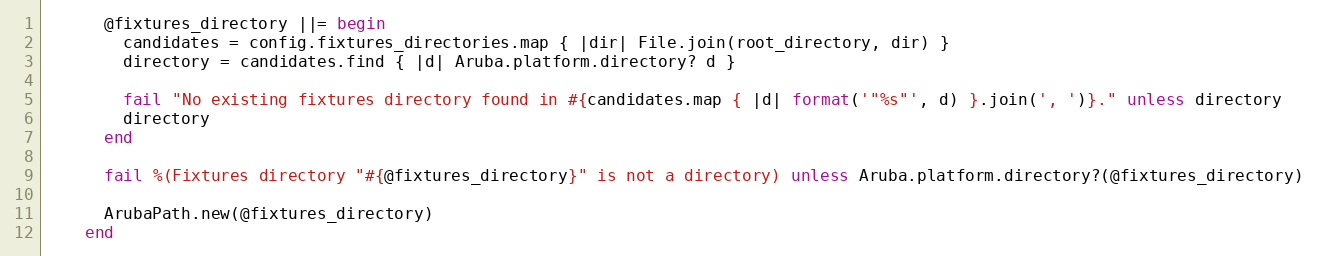
Language: Ruby
      @fixtures_directory ||= begin
        candidates = config.fixtures_directories.map { |dir| File.join(root_directory, dir) }
        directory = candidates.find { |d| Aruba.platform.directory? d }

        fail "No existing fixtures directory found in #{candidates.map { |d| format('"%s"', d) }.join(', ')}." unless directory
        directory
      end

      fail %(Fixtures directory "#{@fixtures_directory}" is not a directory) unless Aruba.platform.directory?(@fixtures_directory)

      ArubaPath.new(@fixtures_directory)
    end